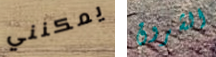
يمكنني الشروق